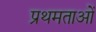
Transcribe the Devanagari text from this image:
प्रथमताओं